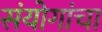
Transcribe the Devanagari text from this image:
संयोगांचा